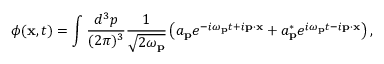
\phi ( \mathbf { x } , t ) = \int { \frac { d ^ { 3 } p } { ( 2 \pi ) ^ { 3 } } } { \frac { 1 } { \sqrt { 2 \omega _ { \mathbf { p } } } } } \left( a _ { \mathbf { p } } e ^ { - i \omega _ { \mathbf { p } } t + i \mathbf { p } \cdot \mathbf { x } } + a _ { \mathbf { p } } ^ { * } e ^ { i \omega _ { \mathbf { p } } t - i \mathbf { p } \cdot \mathbf { x } } \right) ,